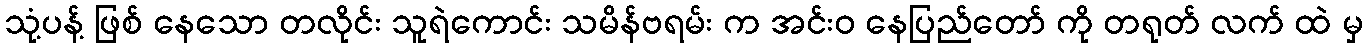
သုံ့ပန့် ဖြစ် နေသော တလိုင်း သူရဲကောင်း သမိန်ဗရမ်း က အင်းဝ နေပြည်တော် ကို တရုတ် လက် ထဲ မှ